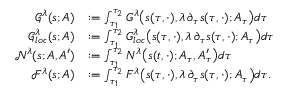
\begin{array} { r l } { \mathcal { G } ^ { \lambda } ( { s } ; A ) } & { : = \int _ { \tau _ { 1 } } ^ { \tau _ { 2 } } G ^ { \lambda } \big ( { s } ( \tau , \cdot ) , \lambda \, \partial _ { \tau } { s } ( \tau , \cdot ) ; A _ { \tau } \big ) d \tau } \\ { \mathcal { G } _ { l o c } ^ { \lambda } ( { s } ; A ) } & { : = \int _ { \tau _ { 1 } } ^ { \tau _ { 2 } } G _ { l o c } ^ { \lambda } \big ( { s } ( \tau , \cdot ) , \lambda \, \partial _ { \tau } { s } ( \tau , \cdot ) ; A _ { \tau } \big ) d \tau } \\ { \mathcal { N } ^ { \lambda } ( { s } ; A , A ^ { \prime } ) } & { : = \int _ { \tau _ { 1 } } ^ { \tau _ { 2 } } N ^ { \lambda } \big ( { s } ( t , \cdot ) ; A _ { \tau } , A _ { \tau } ^ { \prime } \big ) d \tau } \\ { \mathcal { F } ^ { \lambda } ( { s } ; A ) } & { : = \int _ { \tau _ { 1 } } ^ { \tau _ { 2 } } F ^ { \lambda } \big ( { s } ( \tau , \cdot ) , \lambda \, \partial _ { \tau } { s } ( \tau , \cdot ) ; A _ { \tau } \big ) d \tau . } \end{array}